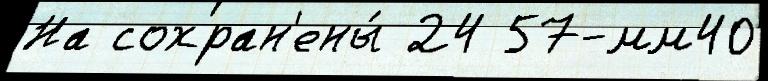
На сохран'ены́ 24 57-мм40